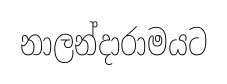
නාලන්දාරාමයට